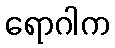
ရောဂါက